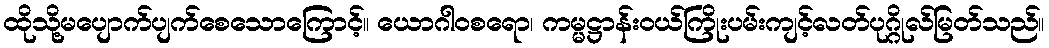
ထိုသို့မပျောက်ပျက်စေသောကြောင့်။ ယောဂါဝစရော၊ ကမ္မဋ္ဌာန်းဝယ်ကြိုးပမ်းကျင့်လတ်ပုဂ္ဂိုလ်မြတ်သည်။